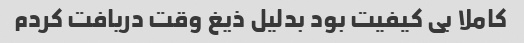
کاملا بی کیفیت بود بدلیل ذیغ وقت دریافت کردم